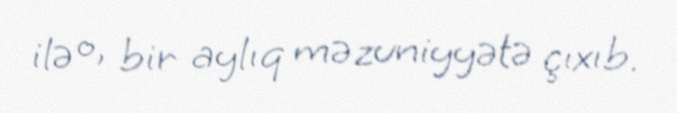
ilə o, bir aylıq məzuniyyətə çıxıb.